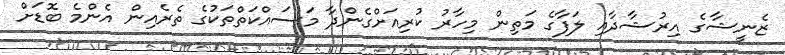
ޒެނީޝާގެ އިރުޝާދާއި ލަފާގެ މަތިން މިހާރު ކުރިއަށްގެންދާ މަސައްކަތްތަކުގެ ތެރެއިން އެންމެ ބޮޑަށް